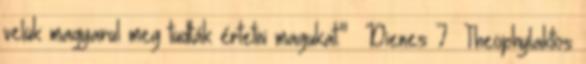
velük magyarul meg tudták értetni magukat." Dienes 7 Theophylaktos